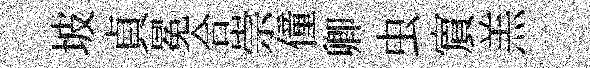
坡貞冕合崇僮卿虫賔羔